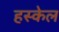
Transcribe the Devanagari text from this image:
हस्केल